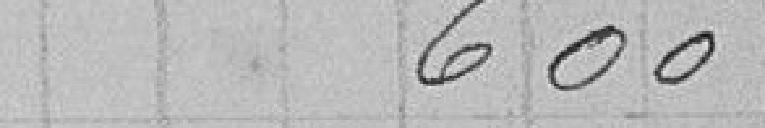
600